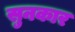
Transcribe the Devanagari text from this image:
सुनकार